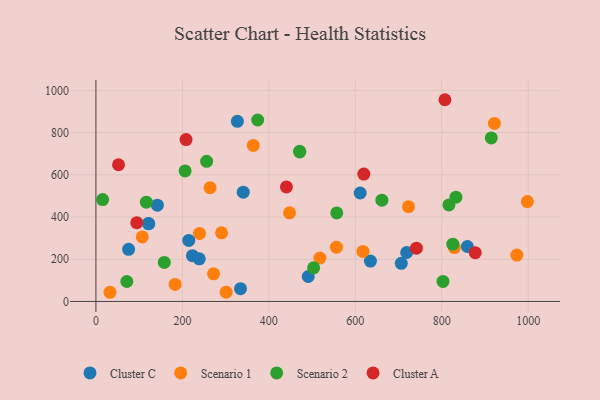
{"axis": {"x": "Distance", "y": "Sales"}, "legend": ["Cluster A", "Cluster C", "Scenario 1", "Scenario 2"], "data": [{"x": "122.3", "y": 368.5, "type": "Cluster C"}, {"x": "75.6", "y": 247.1, "type": "Cluster C"}, {"x": "214.8", "y": 289.2, "type": "Cluster C"}, {"x": "239.0", "y": 202.1, "type": "Cluster C"}, {"x": "340.8", "y": 517.5, "type": "Cluster C"}, {"x": "718.9", "y": 232.0, "type": "Cluster C"}, {"x": "327.2", "y": 853.4, "type": "Cluster C"}, {"x": "142.1", "y": 455.9, "type": "Cluster C"}, {"x": "859.3", "y": 260.3, "type": "Cluster C"}, {"x": "223.3", "y": 216.9, "type": "Cluster C"}, {"x": "121.3", "y": 368.9, "type": "Cluster C"}, {"x": "706.4", "y": 180.5, "type": "Cluster C"}, {"x": "611.3", "y": 513.9, "type": "Cluster C"}, {"x": "491.1", "y": 118.3, "type": "Cluster C"}, {"x": "334.5", "y": 60.7, "type": "Cluster C"}, {"x": "635.0", "y": 191.1, "type": "Cluster C"}, {"x": "723.1", "y": 449.1, "type": "Scenario 1"}, {"x": "32.5", "y": 43.5, "type": "Scenario 1"}, {"x": "829.3", "y": 255.5, "type": "Scenario 1"}, {"x": "998.1", "y": 473.4, "type": "Scenario 1"}, {"x": "518.1", "y": 205.9, "type": "Scenario 1"}, {"x": "264.1", "y": 538.9, "type": "Scenario 1"}, {"x": "301.3", "y": 44.2, "type": "Scenario 1"}, {"x": "272.2", "y": 130.7, "type": "Scenario 1"}, {"x": "183.2", "y": 80.9, "type": "Scenario 1"}, {"x": "556.4", "y": 257.0, "type": "Scenario 1"}, {"x": "364.0", "y": 739.4, "type": "Scenario 1"}, {"x": "447.9", "y": 419.8, "type": "Scenario 1"}, {"x": "617.6", "y": 237.0, "type": "Scenario 1"}, {"x": "107.2", "y": 305.5, "type": "Scenario 1"}, {"x": "239.6", "y": 322.3, "type": "Scenario 1"}, {"x": "921.9", "y": 843.4, "type": "Scenario 1"}, {"x": "973.7", "y": 219.7, "type": "Scenario 1"}, {"x": "290.7", "y": 325.1, "type": "Scenario 1"}, {"x": "206.3", "y": 618.3, "type": "Scenario 2"}, {"x": "802.9", "y": 95.0, "type": "Scenario 2"}, {"x": "116.6", "y": 470.4, "type": "Scenario 2"}, {"x": "71.5", "y": 94.6, "type": "Scenario 2"}, {"x": "158.1", "y": 184.8, "type": "Scenario 2"}, {"x": "256.1", "y": 664.1, "type": "Scenario 2"}, {"x": "832.9", "y": 493.8, "type": "Scenario 2"}, {"x": "503.6", "y": 159.1, "type": "Scenario 2"}, {"x": "15.5", "y": 482.5, "type": "Scenario 2"}, {"x": "914.6", "y": 774.9, "type": "Scenario 2"}, {"x": "374.2", "y": 859.6, "type": "Scenario 2"}, {"x": "557.1", "y": 419.2, "type": "Scenario 2"}, {"x": "816.6", "y": 457.2, "type": "Scenario 2"}, {"x": "471.3", "y": 711.2, "type": "Scenario 2"}, {"x": "825.6", "y": 271.2, "type": "Scenario 2"}, {"x": "661.5", "y": 480.0, "type": "Scenario 2"}, {"x": "471.5", "y": 708.1, "type": "Scenario 2"}, {"x": "741.4", "y": 252.6, "type": "Cluster A"}, {"x": "807.3", "y": 955.7, "type": "Cluster A"}, {"x": "440.7", "y": 542.4, "type": "Cluster A"}, {"x": "619.7", "y": 603.3, "type": "Cluster A"}, {"x": "52.3", "y": 647.7, "type": "Cluster A"}, {"x": "94.5", "y": 373.4, "type": "Cluster A"}, {"x": "877.5", "y": 231.0, "type": "Cluster A"}, {"x": "208.5", "y": 767.0, "type": "Cluster A"}]}